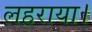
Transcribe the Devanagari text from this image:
लहराया।